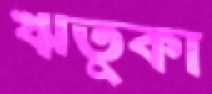
ঋতুকা